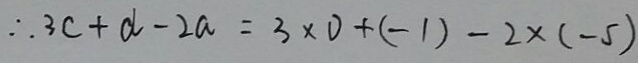
\therefore 3 c + d - 2 a = 3 \times 0 + ( - 1 ) - 2 \times ( - 5 )